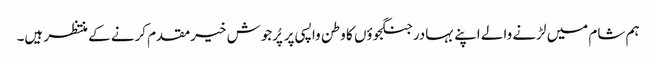
ہم شام میں لڑنے والے اپنے بہادر جنگجوؤں کا وطن واپسی پر پُرجوش خیرمقدم کرنے کے منتظر ہیں۔